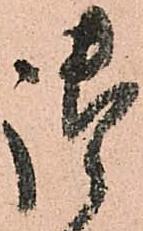
御